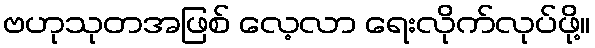
ဗဟုသုတအဖြစ် လေ့လာ ရေးလိုက်လုပ်ဖို့။